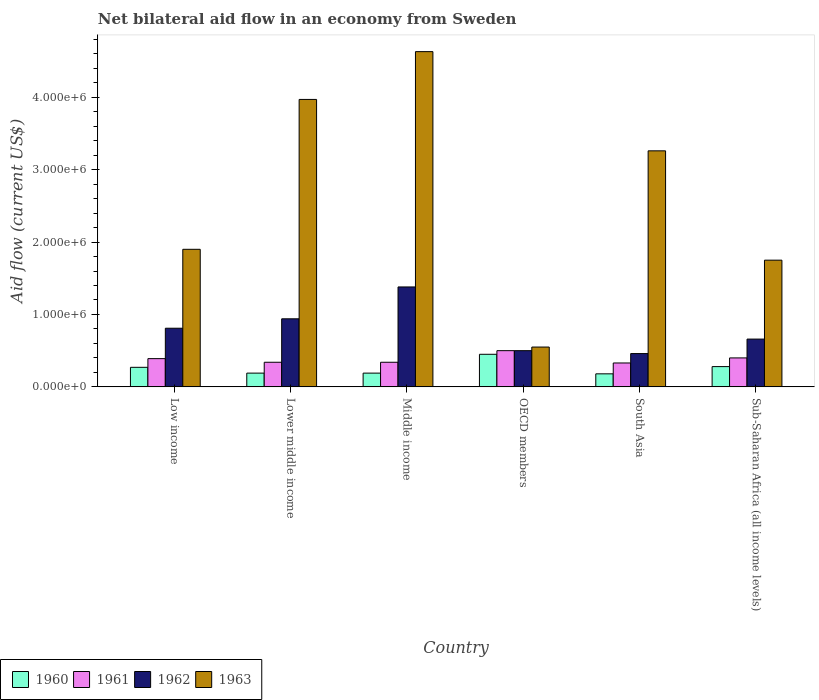
| Country | 1960 | 1961 | 1962 | 1963 |
 | --- | --- | --- | --- | --- |
 | Low income | 2.7e+05 | 3.9e+05 | 8.1e+05 | 1.9e+06 |
 | Lower middle income | 1.9e+05 | 3.4e+05 | 9.4e+05 | 3.97e+06 |
 | Middle income | 1.9e+05 | 3.4e+05 | 1.38e+06 | 4.63e+06 |
 | OECD members | 4.5e+05 | 5e+05 | 5e+05 | 5.5e+05 |
 | South Asia | 1.8e+05 | 3.3e+05 | 4.6e+05 | 3.26e+06 |
 | Sub-Saharan Africa (all income levels) | 2.8e+05 | 4e+05 | 6.6e+05 | 1.75e+06 |